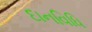
દાનવિધિ